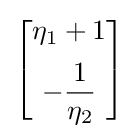
{\begin{bmatrix}\eta _{1}+1\\[5pt]-{\dfrac {1}{\eta _{2}}}\end{bmatrix}}